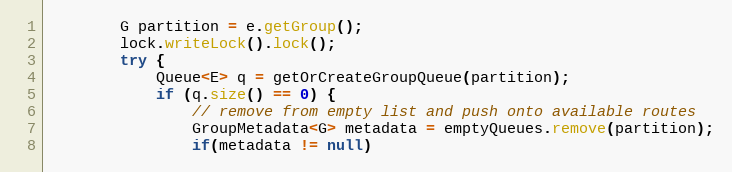
Language: Java
        G partition = e.getGroup();
        lock.writeLock().lock();
        try {
            Queue<E> q = getOrCreateGroupQueue(partition);
            if (q.size() == 0) {
                // remove from empty list and push onto available routes
                GroupMetadata<G> metadata = emptyQueues.remove(partition);
                if(metadata != null)